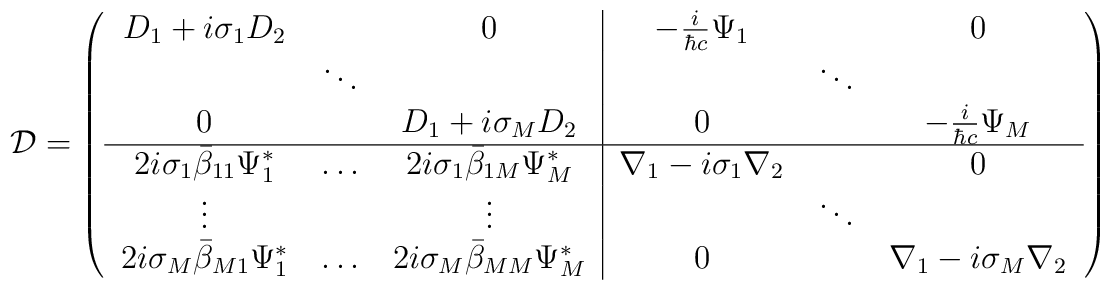
{\cal D}=\left(\begin{tabular}{ccc|ccc}$D_1+i\sigma_1D_2$& &0&$-\frac{i}{\hbar c}\Psi_1$&  &0\\  &$\ddots$& & &$\ddots$& \\0& &$D_1+i\sigma_MD_2$&0& &$-\frac{i}{\hbar c}\Psi_M$\\ \hline$2i\sigma_1\bar\beta_{11}\Psi_1^*$&$\ldots$&$2i\sigma_1 \bar\beta_{1M}\Psi_M^*$&$\nabla_1-i\sigma_1\nabla_2$& &0\\$\vdots$& &$\vdots$& &$\ddots$& \\$2i\sigma_M\bar\beta_{M1}\Psi_1^*$&$\ldots$&$2i\sigma_M \bar\beta_{MM}\Psi_M^*$& 0 & &$\nabla_1-i\sigma_M\nabla_2$\end{tabular} \right)